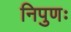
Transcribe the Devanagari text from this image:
निपुणः